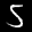
Label: 5